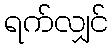
ရက်လျှင်